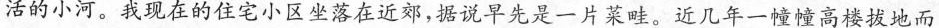
活的小河。我现在的住宅小区坐落在近郊，据说早先是一片菜畦。近几年一幢幢高楼拔地而